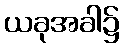
ယခုအခါ၌